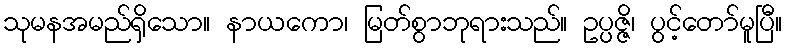
သုမနအမည်ရှိသော။ နာယကော၊ မြတ်စွာဘုရားသည်။ ဥပ္ပဇ္ဇိ၊ ပွင့်တော်မူပြီ။